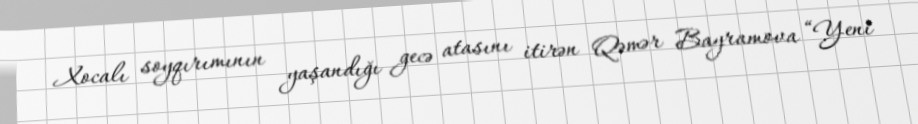
Xocalı soyqırımının yaşandığı gecə atasını itirən Qəmər Bayramova “Yeni